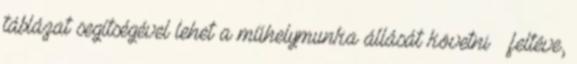
táblázat segítségével lehet a műhelymunka állását követni – feltéve,